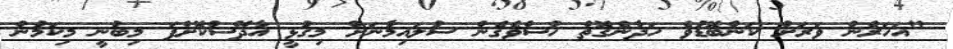
"އަހަރެން ވަރަށް ކަންބޮޑުވެ ހަދާނެގޮތް ހުސްވެގެން ސުލައިމާނަށް މިގުޅީ އާދޭސްކޮށްފަ މިބުނީ މިކަމުން